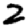
Digit: 2